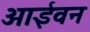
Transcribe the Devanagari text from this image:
आईवन